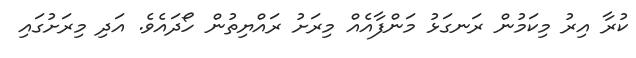
ކުރާ އިރު މިކަމުން ރަނގަޅު މަންފާއެއް މިރަށު ރައްޔިތުން ހޯދައެވެ. އަދި މިރަށުގައި